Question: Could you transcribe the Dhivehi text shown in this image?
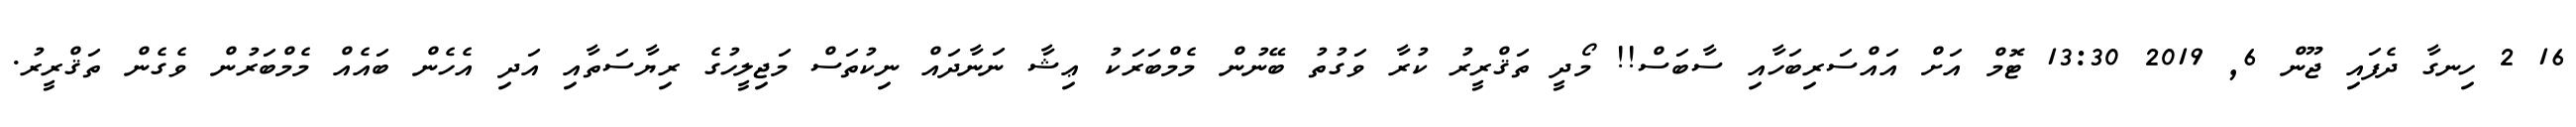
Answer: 16 2 ހިނގާ ދެފައި ޖޫން 6, 2019 13:30 ޓޮމް އަށް އައްސަރިބަހާއި ސާބަސް!! މޯދީ ތަޤްރީރު ކުރާ ވަގުތު ބޭނުން މެމްބަރަކު ޢިޝާ ނަނާދައް ނިކުތަސް މަޖިލީހުގެ ރިޔާސަތާއި އަދި އެހެން ބައެއް މެމްބަރުން ވެގެން ތަޤްރީރު.